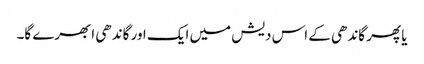
یا پھر گاندھی کے اس دیش میں ایک اور گاندھی ابھرے گا۔